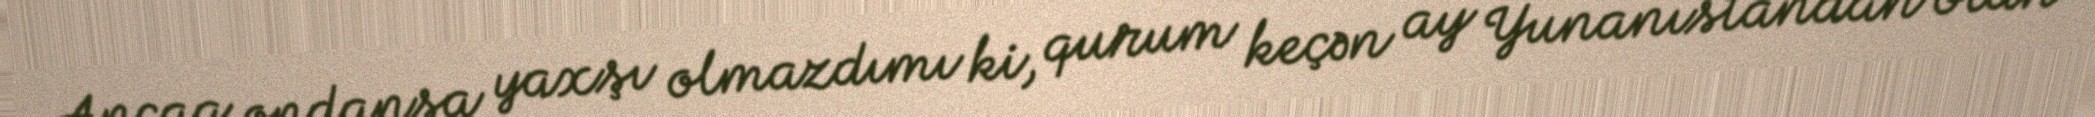
Ancaq ondansa yaxşı olmazdımı ki, qurum keçən ay Yunanıstandan olan